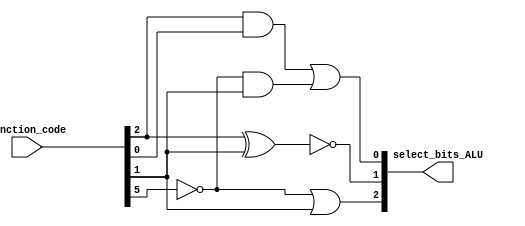
module control_unit(select_bits_ALU, function_code);

input [5:0] function_code;
output [2:0] select_bits_ALU;

//this module use just structural verilog
//contol unit part = convert to function code(6bits) to select bits(3bits)(needs ALU)
//for control unit part, have to design circuit that can only do this job. 
//(Remember the lecture,first step use K-map.......)

//example
//input = function_code = 20(hex) = 32(dec) = add
//output = select_bits_ALU = 010(binary) = 2(dec) = add

//function_code = 02(srl) -> select bits == 101 (alu32 can work srl)
wire not_f5;
wire temp1, temp2;

not (not_f5, function_code[5]);

or (select_bits_ALU[2], not_f5, function_code[1]); 
xnor (select_bits_ALU[1], function_code[2], function_code[1]); 
and (temp1, function_code[2], function_code[0]);
and (temp2, not_f5, function_code[1]);
or (select_bits_ALU[0], temp1, temp2);

	
endmodule